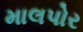
માલપોર